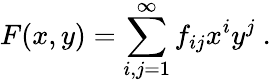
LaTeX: F(x,y)=\sum_{i,j=1}^{\infty}f_{ij}x^{i}y^{j}\ .